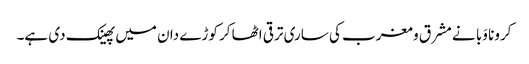
کرونا وَبا نے مشرق و مغرب کی ساری ترقی اٹھا کر کوڑے دان میں پھینک دی ہے۔